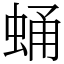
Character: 蛹